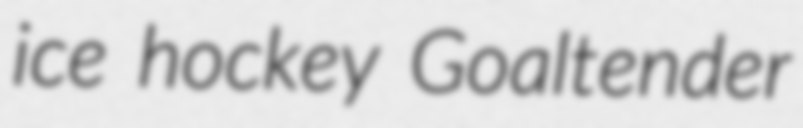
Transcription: ice hockey Goaltender